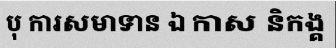
បុ ការសមាទាន ឯ កាស និកង្គ